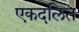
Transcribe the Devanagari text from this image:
एकदलित